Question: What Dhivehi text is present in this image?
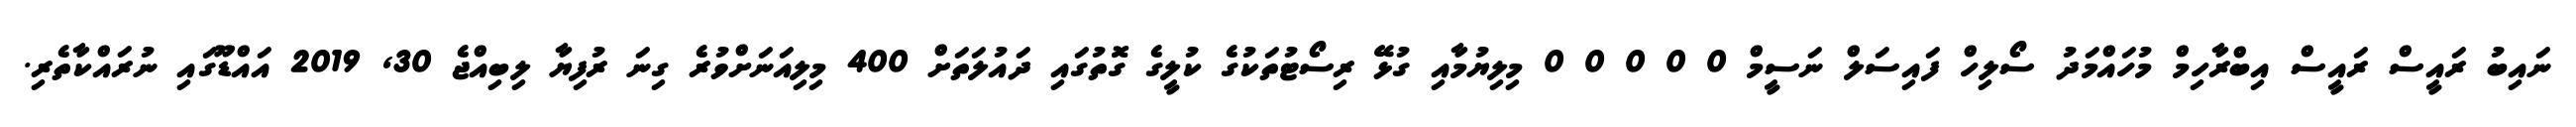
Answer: ނައިބު ރައީސް ރައީސް އިބްރާހިމް މުހައްމަދު ސޯލިހް ފައިސަލް ނަސީމް 0 0 0 0 0 މިލިޔުމާއި ގުޅޭ ރިސޯޓުތަކުގެ ކުލީގެ ގޮތުގައި ދައުލަތަށް 400 މިލިއަނަށްވުރެ ގިނަ ރުފިޔާ ލިބިއްޖެ 30, 2019 އައްޑޫގައި ނުރައްކާތެރި.